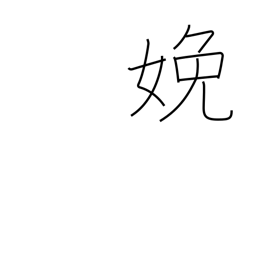
Meaning: bear (children)